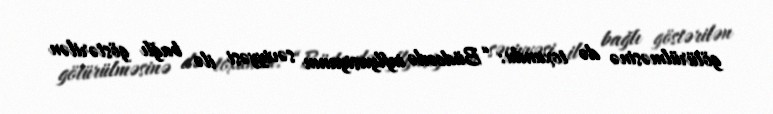
götürülməsinə də toxundu: “Büdcədə inflyasiyanın səviyyəsi ilə bağlı göstərilən